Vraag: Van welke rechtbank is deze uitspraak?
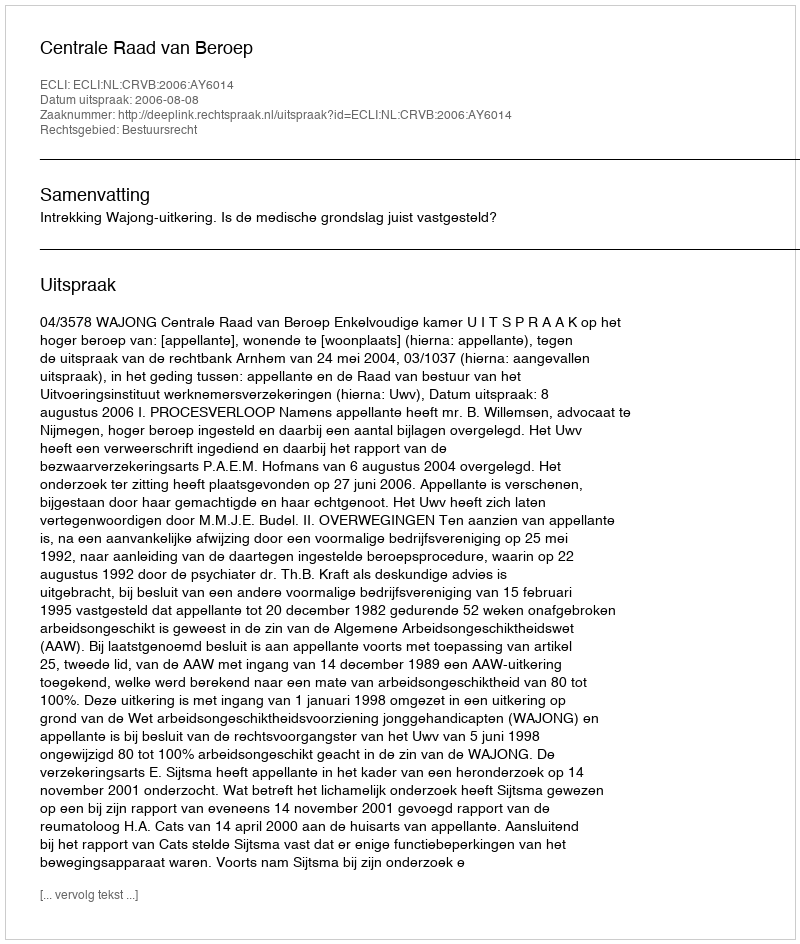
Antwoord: Centrale Raad van Beroep